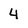
Character: 4